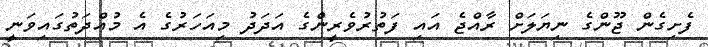
ފެށިގެން ޖޫންގެ ނިޔަލަށް ރާއްޖެ އައި ފަތުރުވެރީންގެ އަދަދު މިއަހަރުގެ އެ މުއްދަތުގައިވަނީ